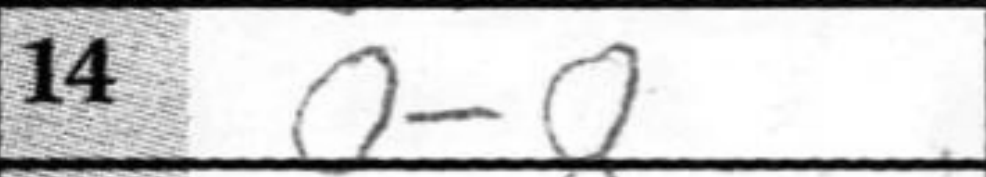
Transcription: O-O